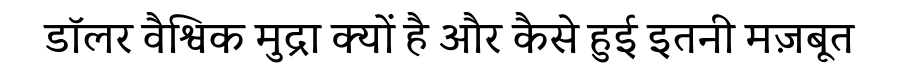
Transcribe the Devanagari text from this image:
डॉलर वैश्विक मुद्रा क्यों है और कैसे हुई इतनी मज़बूत